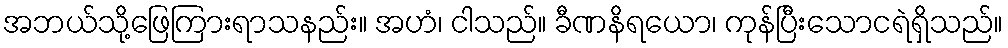
အဘယ်သို့ဖြေကြားရာသနည်း။ အဟံ၊ ငါသည်။ ခီဏနိရယော၊ ကုန်ပြီးသောငရဲရှိသည်။